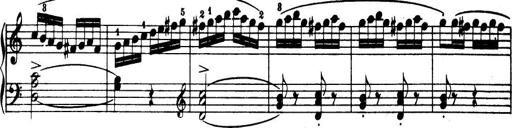
Title: 32 Sonatinas and Rondos for the Piano
Composer: Richard Kleinmichel